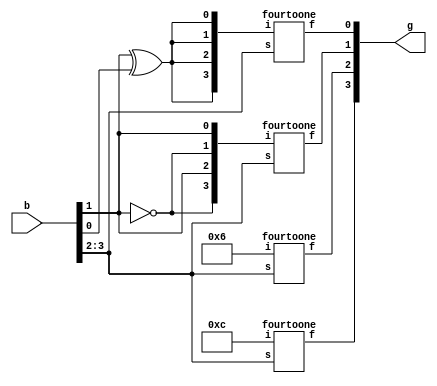
module l7q4(b,g);
input [3:0]b;
output [3:0]g;
fourtoone stage0({4{b[1]^b[0]}},b[3:2],g[0]);
fourtoone stage1({~b[1],b[1],~b[1],b[1]},b[3:2],g[1]);
fourtoone stage2({1'b0,1'b1,1'b1,1'b0},b[3:2],g[2]);
fourtoone stage3({1'b1,1'b1,1'b0,1'b0},b[3:2],g[3]);
endmodule
module fourtoone(i,s,f);
input [3:0]i;
input [1:0]s;
output f;
reg f;
always @(i,s)
begin
f = s[1]?(s[0]?i[3]:i[2]):(s[0]?i[1]:i[0]);
end
endmodule